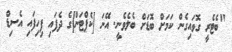
"ބެޓެރީ ގޮވައިގެން ކަމަށް ބޮޑަށް ބެލެވެނީ. އޭނަ [ކެޕްޓަން]ގެ ދެފައި ފިހިފައި އެސިޑް